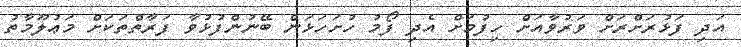
އަދި ފަޅުރަށްރަށް ވަރުވާއަށް ހިފުމަށް އެދި ފޯމު ހުށަހަޅަން ބޭނުންފުޅުވާ ފަރާތްތަކަށް މަޢުލޫމާތު